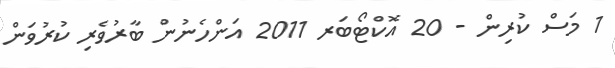
1 މަސް ކުރިން - 20 އޮކްޓޯބަރ 2011 އަންހެނުން ބާރުވެރި ކުރުވަން